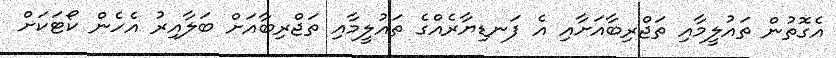
އެގޮތުން ތައުލީމާއި ތަޖްރިބާއަށާއި އެ ފަނޑިޔާރެއްގެ ތައުލީމާއި ތަޖްރިބާއަށް ބަލާއިރު އެހެން ކޯޓަކަށް